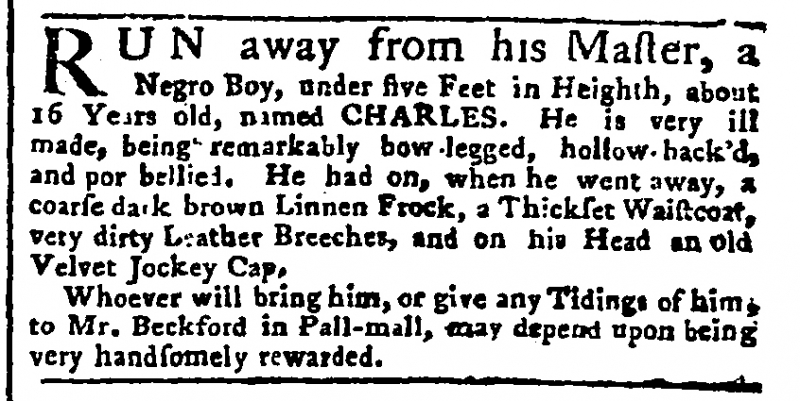
Public Advertiser, 14 May 1768 (England)
RUN away from his Master, a Negro Boy, under five Feet in Heighth, about 16 Years old, named CHARLES. He is very ill made, being remarkably bow-legged, hollow-back’d, and por bellied. He had on, when he went away, a coarse dark brown Linnen Frock, a Thickset Waistcoat, very dirty Leather Breeches, and on his Head an old Velvet Jockey Cap.   Whoever will bring him, or give any Tidings of him, to Mr. Beckford in Pall-mall, may depend upon being very handsomely rewarded.